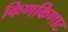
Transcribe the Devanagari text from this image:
किणकिणाट